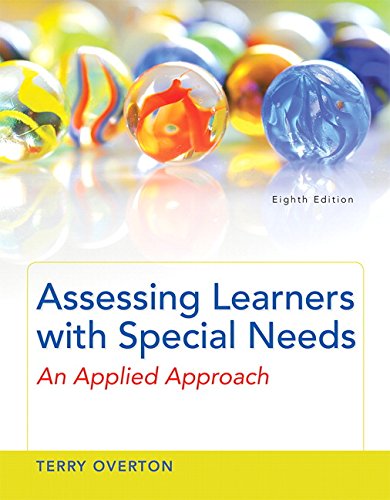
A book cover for Assessing Learners with Special Needs: An Applied Approach, Enhanced Pearson eText with Loose-Leaf Version -- Access Card Package (8th Edition); Terry Overton; Education & Teaching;